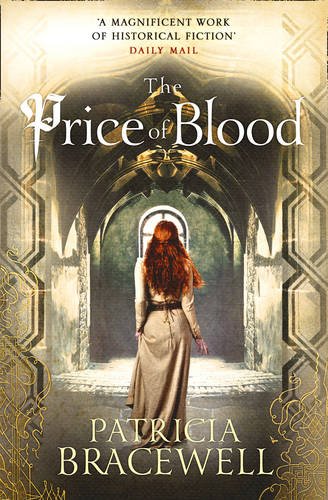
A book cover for The Price of Blood (The Emma of Normandy); Patricia Bracewell; Romance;